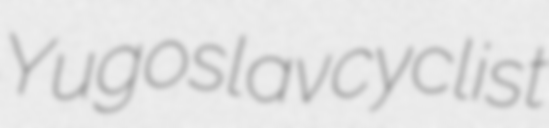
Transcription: Yugoslav cyclist